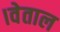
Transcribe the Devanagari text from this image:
।वेताल